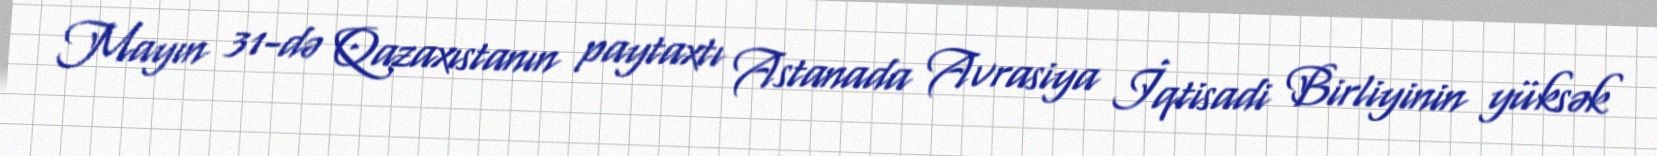
Mayın 31-də Qazaxıstanın paytaxtı Astanada Avrasiya İqtisadi Birliyinin yüksək